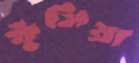
ফুঁসিয়া